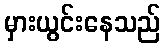
မှားယွင်းနေသည်